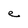
Character: e